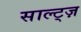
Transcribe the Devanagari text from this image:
साल्ट्ज़